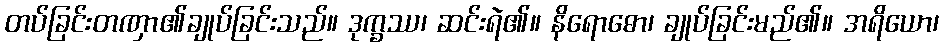
တပ်ခြင်းတဏှာ၏ချုပ်ခြင်းသည်။ ဒုက္ခဿ၊ ဆင်းရဲ၏။ နိရောဓော၊ ချုပ်ခြင်းမည်၏။ အရိယော၊